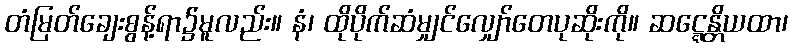
တံမြတ်ချေးစွန့်ရာ၌မူလည်း။ နံ၊ ထိုပိုက်ဆံမျှင်လျှော်တေပုဆိုးကို။ ဆဋ္ဋေန္တိယထာ၊